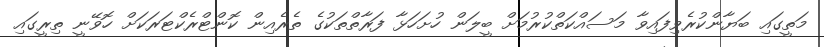
މަތީގައި ބަޔާންކުރެވިފައިވާ މަސައްކަތްކުރުމަށް ބީލަން ހުށަހަޅާ ފަރާތްތަކުގެ ތެރެއިން ކޮންޓްރެކްޓަރަކަށް ހޮވޭނީ ތިރީގައި